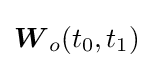
{\boldsymbol {W}}_{o}(t_{0},t_{1})